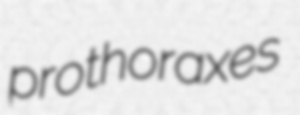
prothoraxes